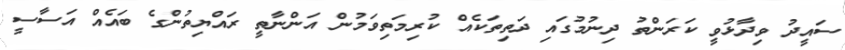
ސައީދު ވިދާޅުވީ ކަރަންތު ދިނުމުގައި ދަތިތަކެއް ކުރިމަތިވަމުން އަންނާތީ ރައްޔިތުންގެ ބައެއް އަސާސީ